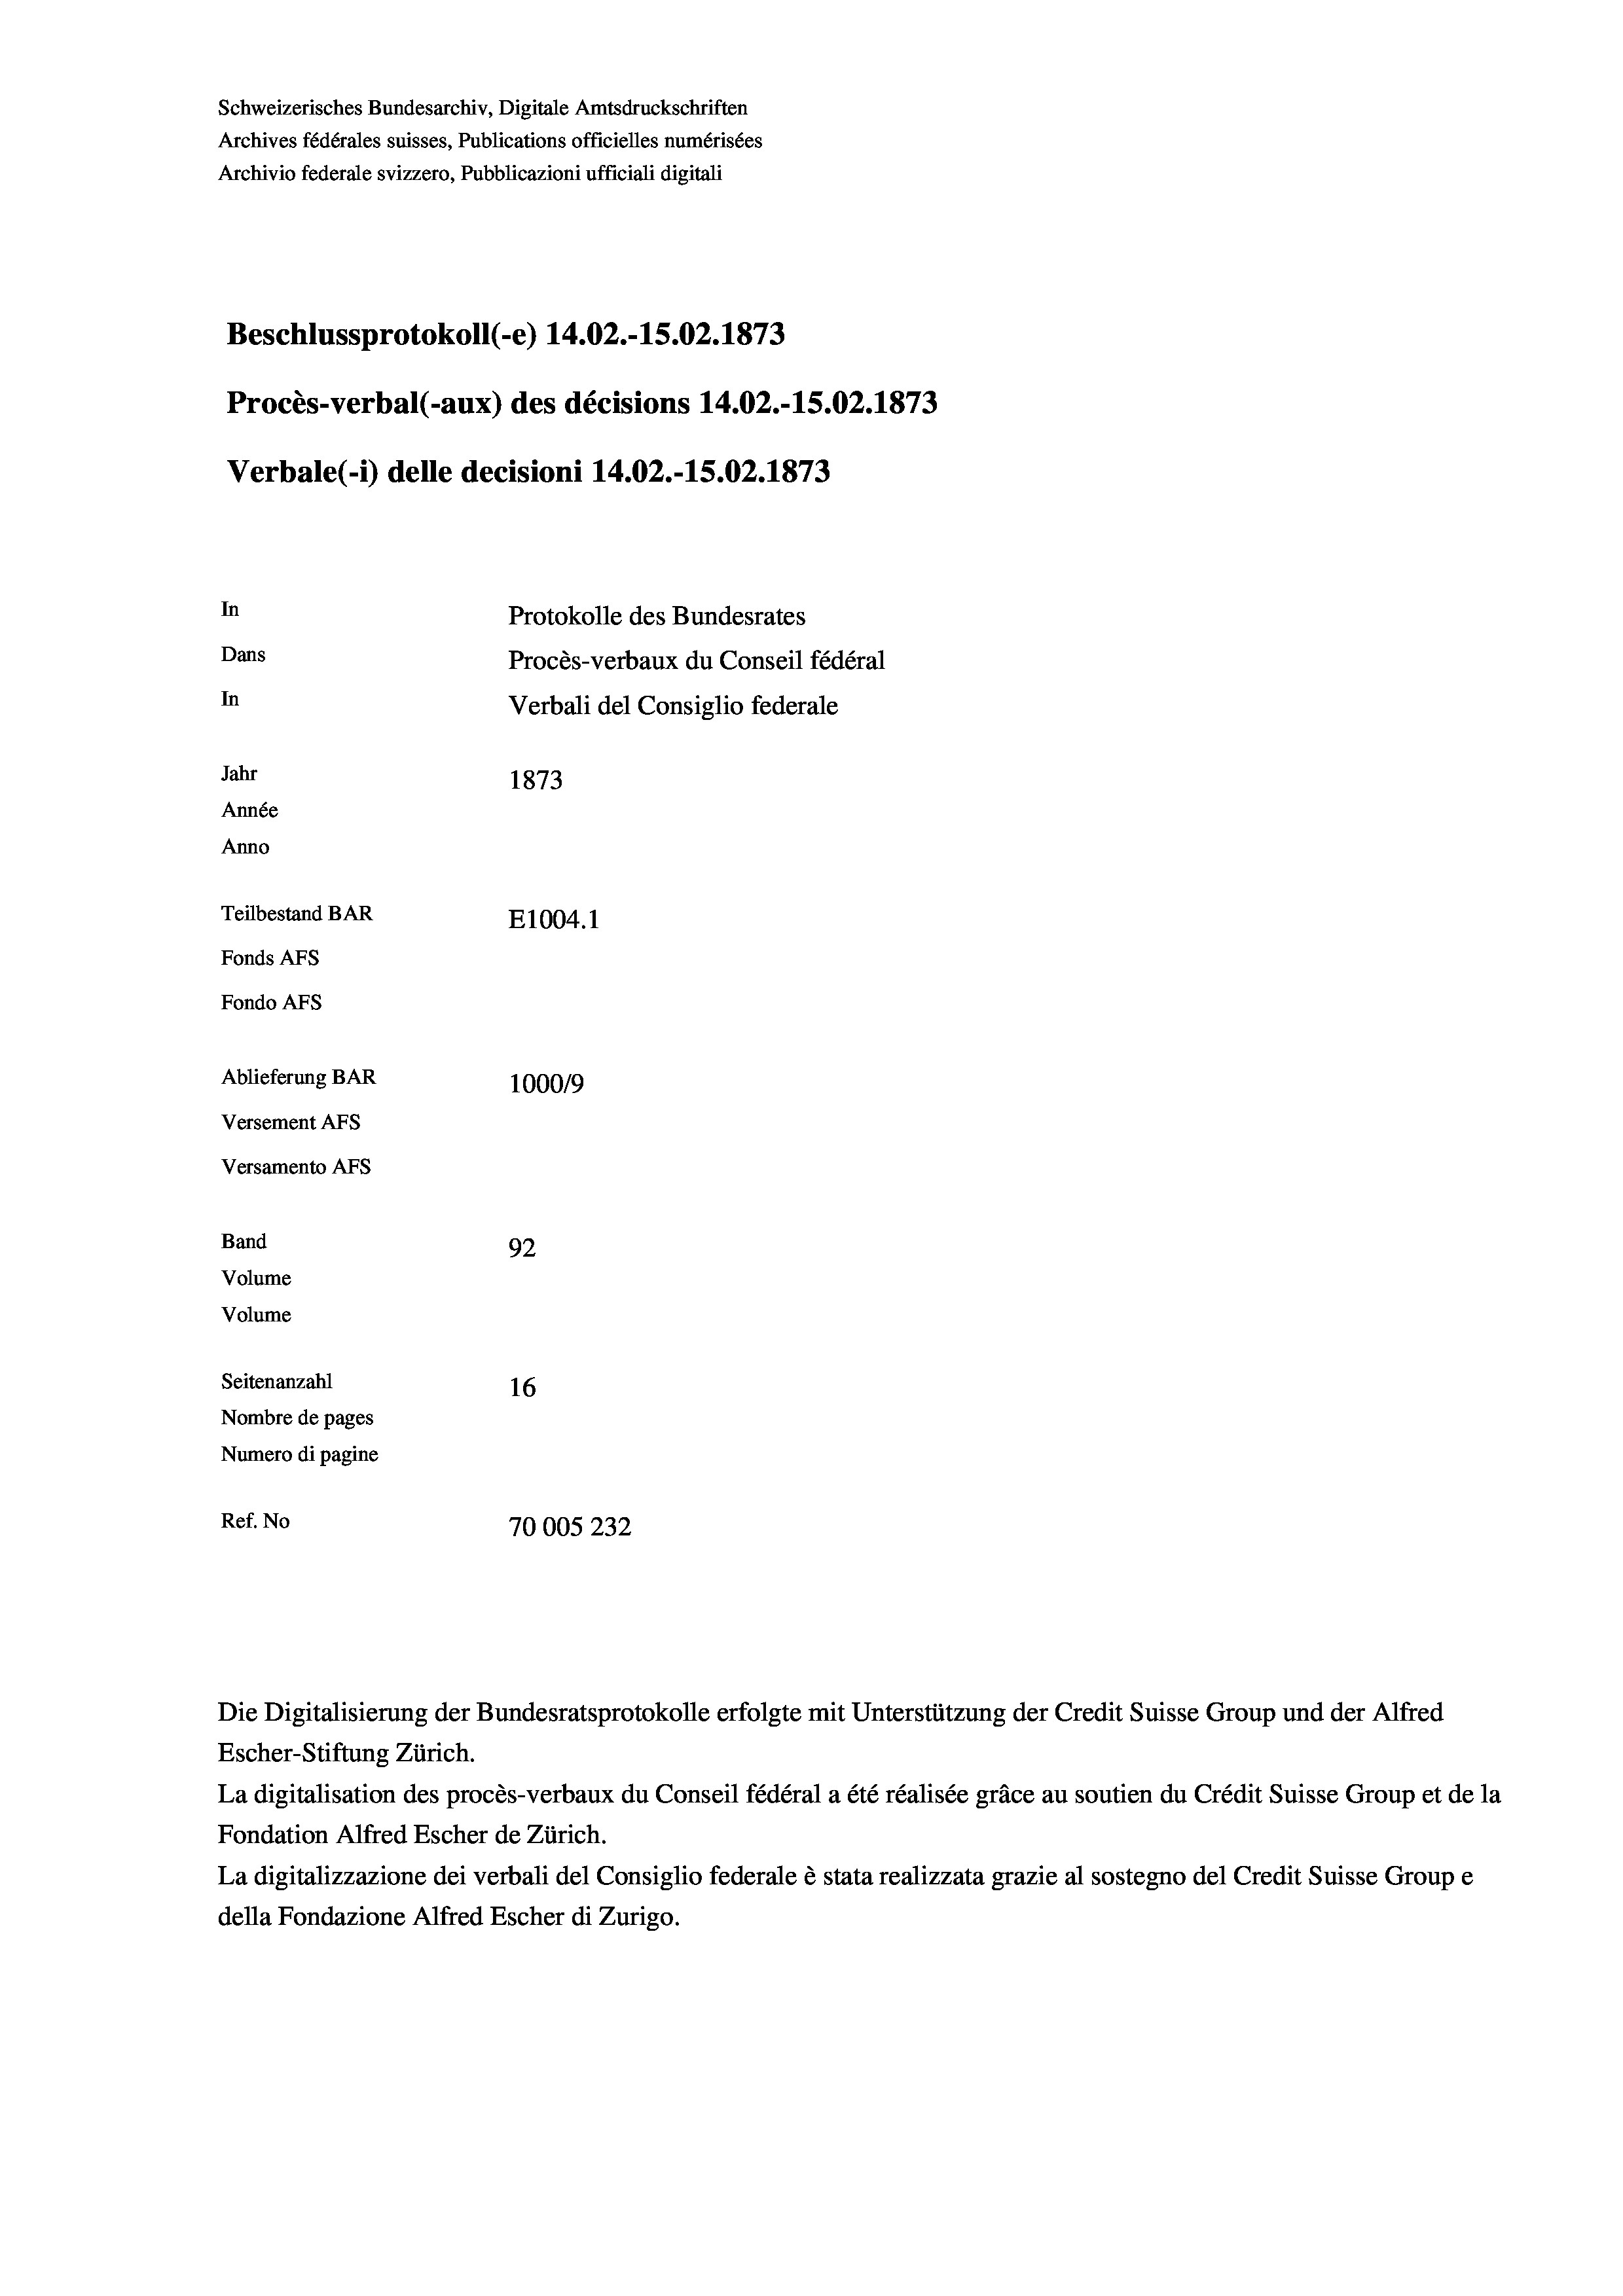
Schweizerisches Bundesarchiv, Digitale Amtsdruckschriften
Archives fédérales suisses, Publications officielles numérisées
Archivio federale svizzero, Pubblicazioni ufficiali digitali
Beschlussprotokoll (-e) 14.02.-15.02. 1873
Procès-verbal (-aux) des décisions 14.02.-15.02. 1873
Verbale (- 1) delle decisioni 14.02.-15.02. 1873
In
Protokolle des Bundesrates
Dans
Procès-verbaux du Conseil fédéral
In
Verbali del Consiglio federale
Jahr
1873
Année
Anno
Teilbestand BAR
E1004. 1
Fonds AFs
Fondo AFs
Ablieferung BAR
100019
Versement AFs
Versamento AFs
Band
92
Volume
Volume
Seitenanzahl
16
Nombre de pages
Numero di pagine
Ref. No
70005 232

Escher-Stiftung Zürich.
La digitalisation des procès-verbaux du Conseil fédéral a été réalisée gräce au soutien du Crédit Suisse Group et de la
Fondation Alfred Escher de Zürich.
La digitalizzazione dei verbali del Consiglio federale è stata realizzata grazie al sostegno del Credit Suisse Groupe
della Fondazione Alfred Escher di Zurigo.

Die Digitalisierung der Bundesratsprotokolle erfolgte mit Unterstützung der Credit Suisse Group und der Alfred